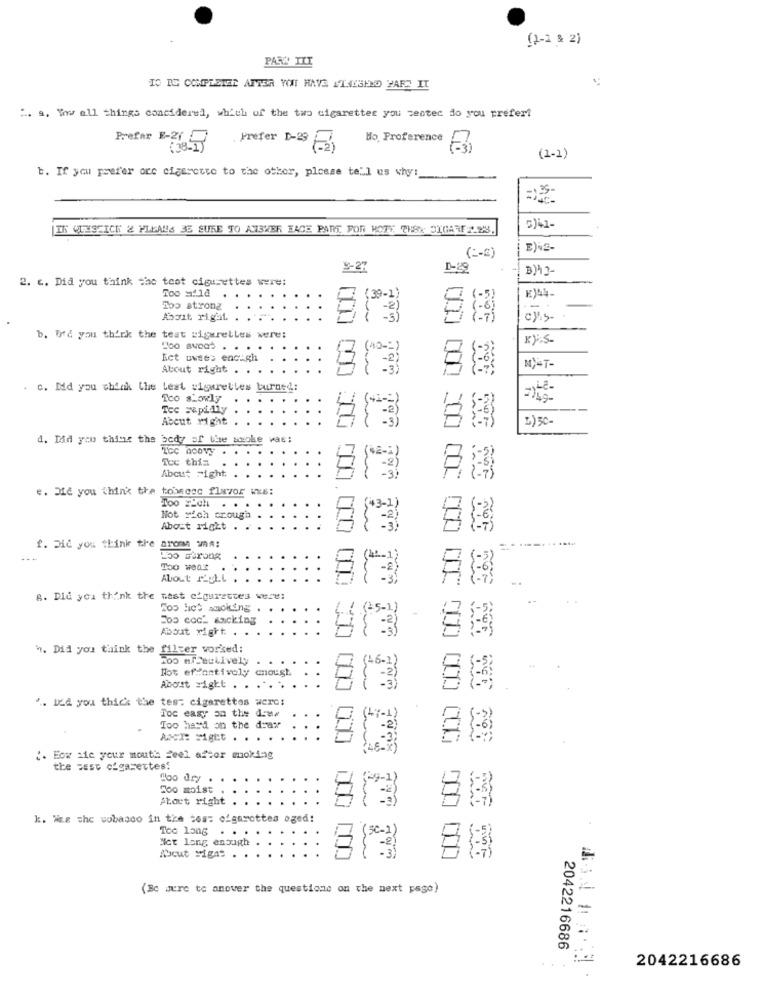
(2-2 & 2)
PARY YLI
IS IG COMPLETE AFTER YOU HAVE 17LESEND YARS IT
: a, Wow all things concidered, which of the two cigarettes you zeotec do you prefer?
Ho. Proference
Prefer E-26
Prefer D-28 2
=3)
(2-1)
b. If you prefer ore cigarette to the other, please tell us why:
IK GLISEICH & PLEALS BE SURE TO ANSWER FACE PARIT FOR NOTE 7HSX SIGARET 23.
c)41-
( =- E)
E)N2-
¥-27
D-22
B)43-
2. c. Did you think the test cigusettes were:
mbo strong
Abuit rigat.
b. I'd you think the test uiguretles were:
K)i.S.
Ect uwses encugh
Atout right ..
c. Did you think Che Leat viourettes burned:
Tco sLowly
Tec Fapilly
About right
2) 50-
d. Did you thisis the body of the smoke was:
Tce this
About Fight
e. Die you think the towndoc flavor wxs:
Too zich . . .
Not rich crough
Abost right ..
88
f. Die you think the aroma una:
Too wear
About MyLl
6. Did you think the test cigarettes were:
Too liet amoking .
Fbo cock sacking
About right . .
88
h. Did you think the filter worked:
Too effectively
Not effectively enough
About right . . . . .
". ILd you thick the tes" cigarettes wero:
Toc easy on the dome
-
Too hard on the drax
ANEX: Might . .
" Eow sie your mouth feel after moking
the past cigarettes
Hoo dry .
Too moist
Atart right
813
k. Was the wobasco in the tos: o'garottes aged!
Too long . .
Not long enough
(30-2)
88
Peut Migas . .
(Be sure to anover the questions on the next page)
2042216686
. .
2042216686